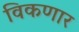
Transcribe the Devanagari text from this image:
विकणार